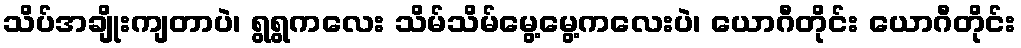
သိပ်အချိုးကျတာပဲ၊ ရွရွကလေး သိမ်သိမ်မွေ့မွေ့ကလေးပဲ၊ ယောဂီတိုင်း ယောဂီတိုင်း